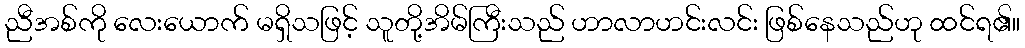
ညီအစ်ကို လေးယောက် မရှိသဖြင့် သူတို့အိမ်ကြီးသည် ဟာလာဟင်းလင်း ဖြစ်နေသည်ဟု ထင်ရ၏။